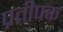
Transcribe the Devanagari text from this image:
प्रतीपक